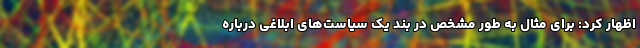
اظهار کرد: برای مثال به طور مشخص در بند یک سیاست‌های ابلاغی درباره